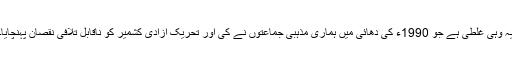
یہ وہی غلطی ہے جو 1990ء کی دھائی میں ہماری مذہبی جماعتوں نے کی اور تحریکِ آزادیٔ کشمیر کو ناقابلِ تلافی نقصان پہنچایا۔